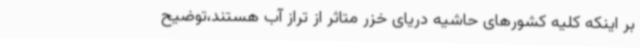
بر اینکه کلیه کشورهای حاشیه دریای خزر متاثر از تراز آب هستند،توضیح